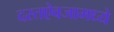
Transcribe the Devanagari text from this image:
दस्तऐवजामध्ये